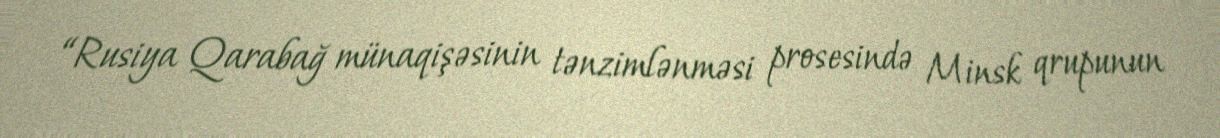
“Rusiya Qarabağ münaqişəsinin tənzimlənməsi prosesində Minsk qrupunun